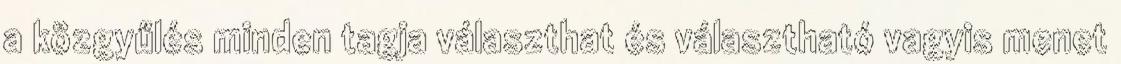
a közgyűlés minden tagja választhat és választható vagyis menet